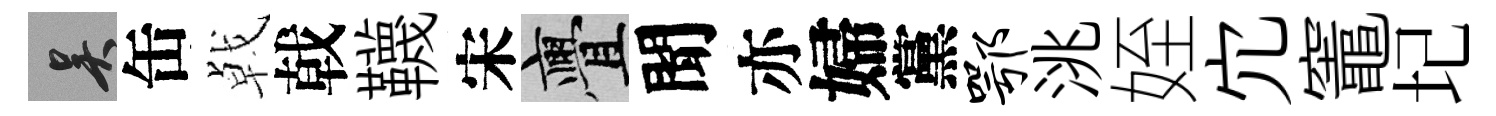
吴缶㦸戟韈宋亹聞亦婦黨鄂洮姪宂竈圮